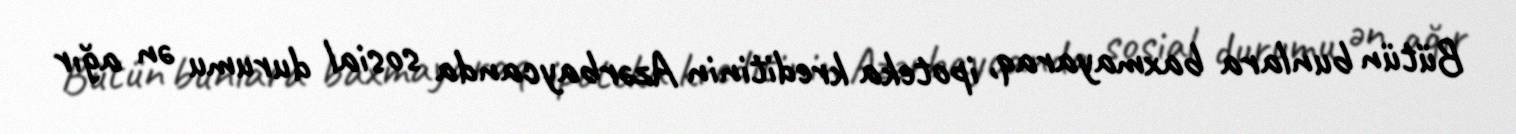
Bütün bunlara baxmayaraq, ipoteka kreditinin Azərbaycanda sosial durumu ən ağır